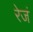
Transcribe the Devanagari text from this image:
रेजं